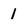
Character: 1